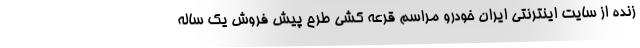
زنده از سایت اینترنتی ایران خودرو مراسم قرعه کشی طرح پیش فروش یک ساله